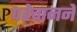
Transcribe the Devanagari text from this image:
पहेचानने